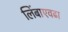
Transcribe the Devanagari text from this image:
लिंबाएवढा